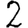
Digit: 2